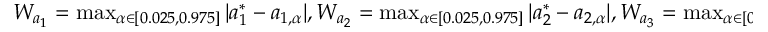
\begin{array} { r } { W _ { a _ { 1 } } = \operatorname* { m a x } _ { \alpha \in [ 0 . 0 2 5 , 0 . 9 7 5 ] } | a _ { 1 } ^ { * } - a _ { 1 , \alpha } | , W _ { a _ { 2 } } = \operatorname* { m a x } _ { \alpha \in [ 0 . 0 2 5 , 0 . 9 7 5 ] } | a _ { 2 } ^ { * } - a _ { 2 , \alpha } | , W _ { a _ { 3 } } = \operatorname* { m a x } _ { \alpha \in [ 0 . 0 2 5 , 0 . 9 7 5 ] } | a _ { 3 } ^ { * } - a _ { 3 , \alpha } | , } \end{array}